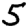
Digit: 5